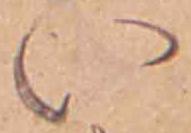
い